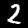
Digit: 2